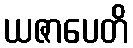
ယဇာပေတိ